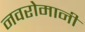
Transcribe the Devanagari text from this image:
नवरोमानी